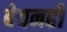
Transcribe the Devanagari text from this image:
बेचनही